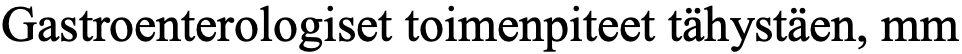
Gastroenterologiset toimenpiteet tähystäen, mm